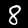
Digit: 8